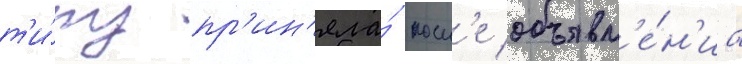
т'и́пу пр'ин'яла́ посл'е объявл'е́н'иа